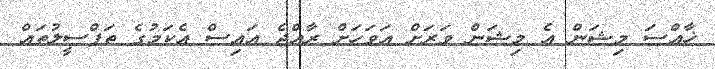
ޚާއްސަ މިޝަން އެ މިޝަން ވަރަށް އަވަހަށް ރާއްޖެ އައިސް އެކަމުގެ ތަފްސީލުތައް